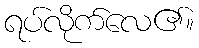
ရပ်လိုက်လေ၏။